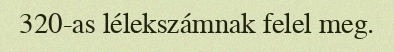
320-as lélekszámnak felel meg.